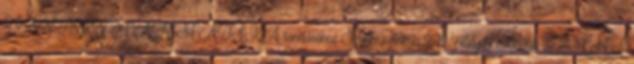
TANTERV MATEMATIKA tanításához Szakközépiskola 9-12. évfolyam Készült az EMMI